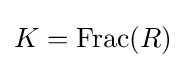
K={\text{Frac}}(R)